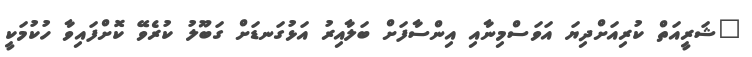
"ޝަރީއަތް ކުރިއަށްދިޔަ އަވަސްމިނާއި އިންސާފަށް ބަލާއިރު އަޅުގަނޑަށް ގަބޫލު ކުރެވޭ ކޮށްފައިވާ ހުކުމަކީ